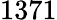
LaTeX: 1371